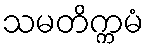
သမတိက္ကမံ